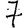
Digit: 7